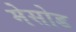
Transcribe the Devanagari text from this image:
मेसोड